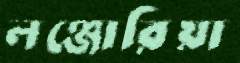
লঞ্জোরিয়া